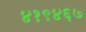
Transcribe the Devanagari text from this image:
४१९४६७